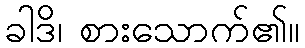
ခါဒိ၊ စားသောက်၏။